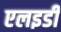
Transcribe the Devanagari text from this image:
एलइडी